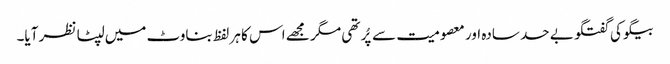
بیگو کی گفتگو بے حد سادہ اور معصومیت سے پُر تھی مگر مجھے اس کا ہر لفظ بناوٹ میں لپٹا نظر آیا۔